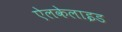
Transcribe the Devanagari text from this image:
ऐलकेलाइड